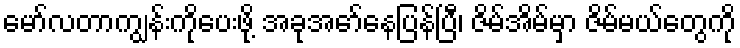
မော်လတာကျွန်းကိုပေးဖို့ အခုအော်နေပြန်ပြီ၊ ဇိမ်အိမ်မှာ ဇိမ်မယ်တွေကို